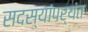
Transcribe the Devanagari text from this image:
सदस्यांपर्यंत